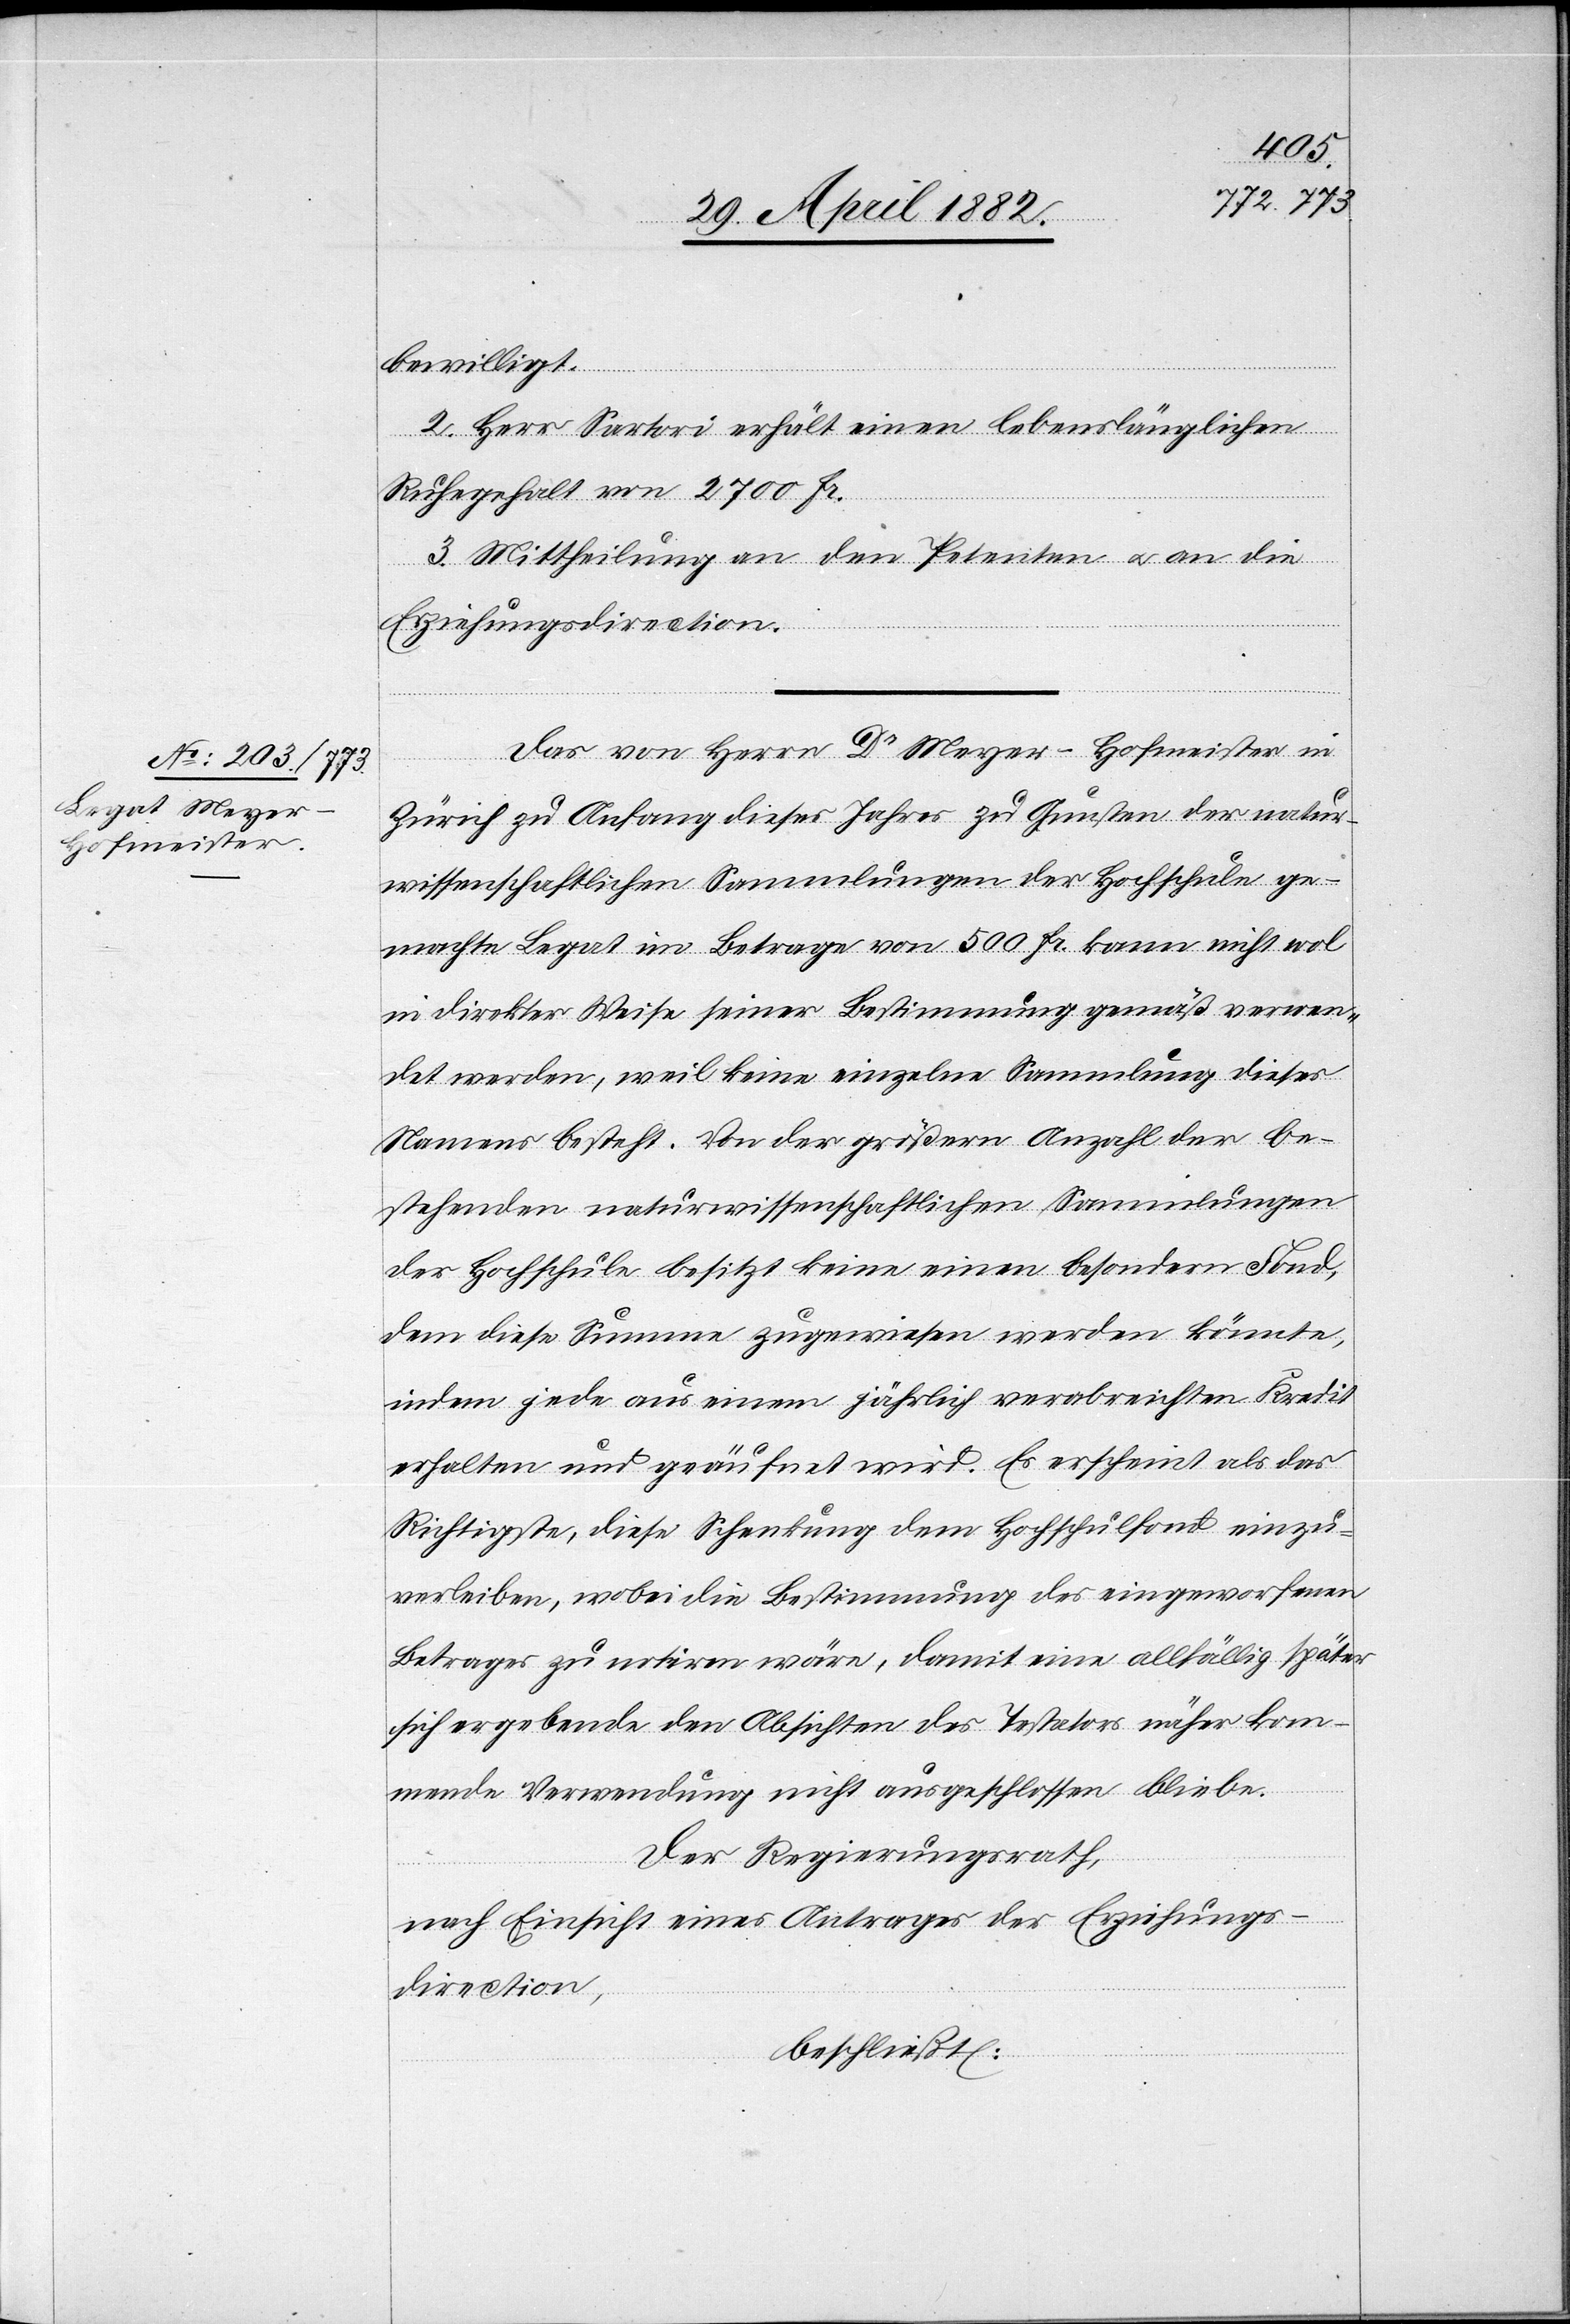
bewilligt.
2. Herr Sartori erhält einen lebenslänglichen
Ruhegehalt von 2700 Fr.
3. Mittheilung an den Petenten u. an die
Erziehungsdirection.
Das von Herrn Dr Meyer-Hofmeister in
Zürich zu Anfang dieses Jahres zu Gunsten der natur¬
wissenschaftlichen Sammlungen der Hochschule ge¬
machte Legat im Betrage von 500 Fr. kann nicht wol
in direkter Weise seiner Bestimmung gemäß verwen¬
det werden, weil keine einzelne Sammlung dieses
Namens besteht. Von der größern Anzahl der be¬
stehenden naturwissenschaftlichen Sammlungen
der Hochschule besitzt keine einen besondern Fond,
dem diese Summe zugewiesen werden könnte,
indem jede aus einem jährlich verabreichten Kredit
erhalten und geäufnet wird. Es erscheint als das
Richtigste, diese Schenkung dem Hochschulfond einzu¬
verleiben, wobei die Bestimmung des eingeworfenen
Betrages zu notiren wäre, damit eine allfällig später
sich ergebende den Absichten des Testators näher kom¬
mende Verwendung nicht ausgeschlossen bliebe.
Der Regierungsrath,
nach Einsicht eines Antrages der Erziehungs¬
direction,
beschließt: